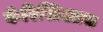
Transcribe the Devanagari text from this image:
कॅरिस्टिआस